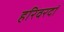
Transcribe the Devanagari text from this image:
हरिवरदां